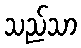
သည်သာ